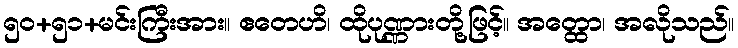
၅၀+၅၁+မင်းကြီးအား။ ဧတေဟိ၊ ထိုပုဏ္ဏားတို့ဖြင့်။ အတ္ထော၊ အလိုသည်။